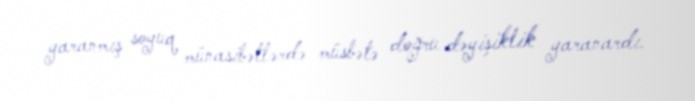
yaranmış soyuq münasibətlərdə müsbətə doğru dəyişiklik yaranardı.